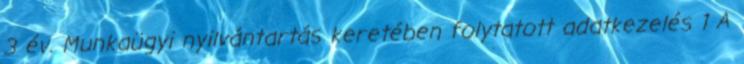
3 év. Munkaügyi nyilvántartás keretében folytatott adatkezelés 1 A